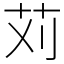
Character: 苅